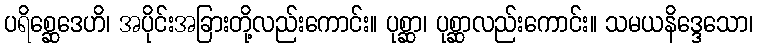
ပရိစ္ဆေဒေဟိ၊ အပိုင်းအခြားတို့လည်းကောင်း။ ပုစ္ဆာ၊ ပုစ္ဆာလည်းကောင်း။ သမယနိဒ္ဒေသော၊